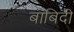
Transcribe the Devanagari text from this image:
बाबिदी